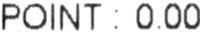
POINT : 0.00